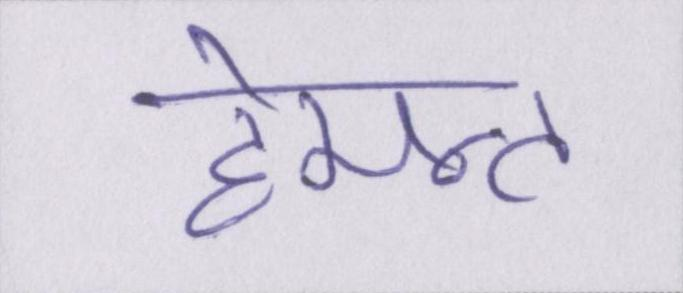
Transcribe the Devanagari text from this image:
हेमन्त